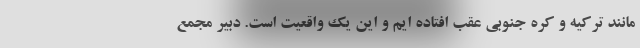
مانند ترکیه و کره جنوبی عقب افتاده ایم و این یک واقعیت است. دبیر مجمع